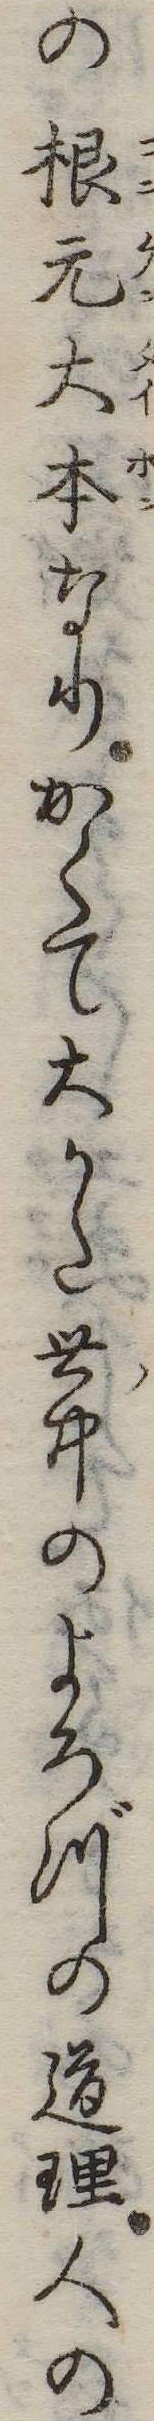
の根元大本なりかくて大かた世中のよろづの道理人の